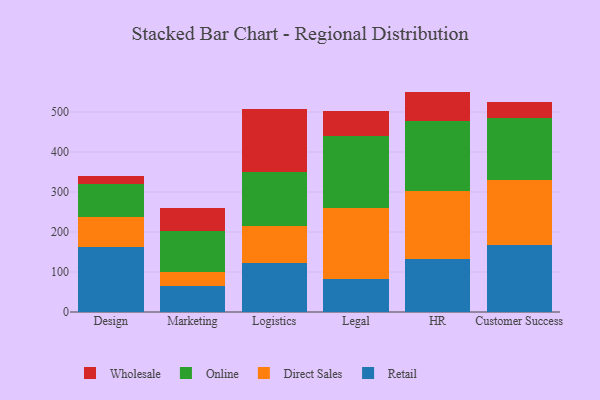
{"axis": {"x": "Department", "y": "Backlog"}, "legend": ["Direct Sales", "Online", "Retail", "Wholesale"], "data": [{"x": "Design", "y": 163.1, "type": "Retail"}, {"x": "Design", "y": 75.0, "type": "Direct Sales"}, {"x": "Design", "y": 82.6, "type": "Online"}, {"x": "Design", "y": 18.9, "type": "Wholesale"}, {"x": "Marketing", "y": 65.3, "type": "Retail"}, {"x": "Marketing", "y": 35.9, "type": "Direct Sales"}, {"x": "Marketing", "y": 100.4, "type": "Online"}, {"x": "Marketing", "y": 58.0, "type": "Wholesale"}, {"x": "Logistics", "y": 123.5, "type": "Retail"}, {"x": "Logistics", "y": 91.2, "type": "Direct Sales"}, {"x": "Logistics", "y": 136.0, "type": "Online"}, {"x": "Logistics", "y": 157.8, "type": "Wholesale"}, {"x": "Legal", "y": 83.3, "type": "Retail"}, {"x": "Legal", "y": 177.7, "type": "Direct Sales"}, {"x": "Legal", "y": 178.1, "type": "Online"}, {"x": "Legal", "y": 63.3, "type": "Wholesale"}, {"x": "HR", "y": 131.9, "type": "Retail"}, {"x": "HR", "y": 170.4, "type": "Direct Sales"}, {"x": "HR", "y": 174.9, "type": "Online"}, {"x": "HR", "y": 73.8, "type": "Wholesale"}, {"x": "Customer Success", "y": 167.5, "type": "Retail"}, {"x": "Customer Success", "y": 162.8, "type": "Direct Sales"}, {"x": "Customer Success", "y": 155.8, "type": "Online"}, {"x": "Customer Success", "y": 38.5, "type": "Wholesale"}]}